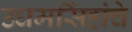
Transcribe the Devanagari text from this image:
उधमसिंहांचे